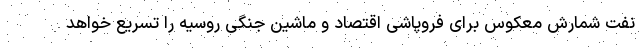
نفت شمارش معکوس برای فروپاشی اقتصاد و ماشین جنگی روسیه را تسریع خواهد